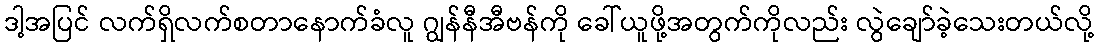
ဒါ့အပြင် လက်ရှိလက်စတာနောက်ခံလူ ဂျွန်နီအီဗန်ကို ခေါ်ယူဖို့အတွက်ကိုလည်း လွဲချော်ခဲ့သေးတယ်လို့